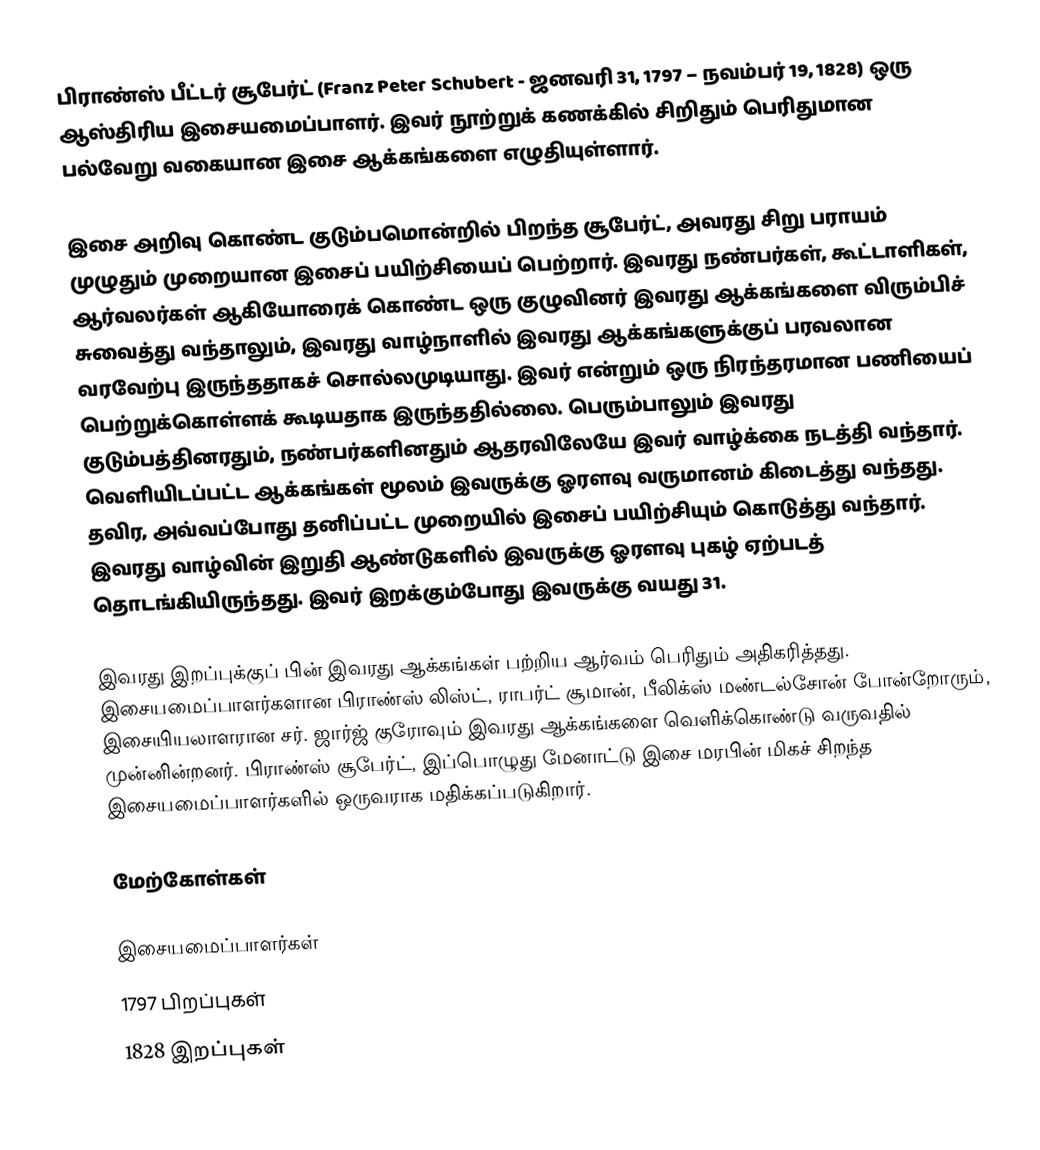
பிராண்ஸ் பீட்டர் சூபேர்ட் (Franz Peter Schubert - ஜனவரி 31, 1797 – நவம்பர் 19, 1828) ஒரு ஆஸ்திரிய இசையமைப்பாளர். இவர் நூற்றுக் கணக்கில் சிறிதும் பெரிதுமான பல்வேறு வகையான இசை ஆக்கங்களை எழுதியுள்ளார்.

இசை அறிவு கொண்ட குடும்பமொன்றில் பிறந்த சூபேர்ட், அவரது சிறு பராயம் முழுதும் முறையான இசைப் பயிற்சியைப் பெற்றார். இவரது நண்பர்கள், கூட்டாளிகள், ஆர்வலர்கள் ஆகியோரைக் கொண்ட ஒரு குழுவினர் இவரது ஆக்கங்களை விரும்பிச் சுவைத்து வந்தாலும், இவரது வாழ்நாளில் இவரது ஆக்கங்களுக்குப் பரவலான வரவேற்பு இருந்ததாகச் சொல்லமுடியாது. இவர் என்றும் ஒரு நிரந்தரமான பணியைப் பெற்றுக்கொள்ளக் கூடியதாக இருந்ததில்லை. பெரும்பாலும் இவரது குடும்பத்தினரதும், நண்பர்களினதும் ஆதரவிலேயே இவர் வாழ்க்கை நடத்தி வந்தார். வெளியிடப்பட்ட ஆக்கங்கள் மூலம் இவருக்கு ஓரளவு வருமானம் கிடைத்து வந்தது. தவிர, அவ்வப்போது தனிப்பட்ட முறையில் இசைப் பயிற்சியும் கொடுத்து வந்தார். இவரது வாழ்வின் இறுதி ஆண்டுகளில் இவருக்கு ஓரளவு புகழ் ஏற்படத் தொடங்கியிருந்தது. இவர் இறக்கும்போது இவருக்கு வயது 31.

இவரது இறப்புக்குப் பின் இவரது ஆக்கங்கள் பற்றிய ஆர்வம் பெரிதும் அதிகரித்தது. இசையமைப்பாளர்களான பிராண்ஸ் லிஸ்ட், ராபர்ட் சூமான், பீலிக்ஸ் மண்டல்சோன் போன்றோரும், இசையியலாளரான சர். ஜார்ஜ் குரோவும் இவரது ஆக்கங்களை வெளிக்கொண்டு வருவதில் முன்னின்றனர். பிராண்ஸ் சூபேர்ட், இப்பொழுது மேனாட்டு இசை மரபின் மிகச் சிறந்த இசையமைப்பாளர்களில் ஒருவராக மதிக்கப்படுகிறார்.

மேற்கோள்கள்

இசையமைப்பாளர்கள்
1797 பிறப்புகள்
1828 இறப்புகள்